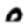
Digit: 0